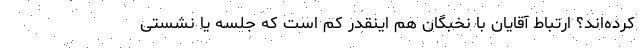
کرده‌اند؟ ارتباط آقایان با نخبگان هم اینقدر کم است که جلسه یا نشستی